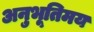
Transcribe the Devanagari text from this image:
अनुभूतिमय